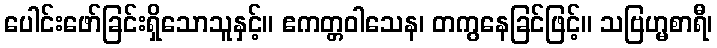
ပေါင်းဖော်ခြင်းရှိသောသူနှင့်။ ဧကတ္တဝါသေန၊ တကွနေခြင်ဖြင့်။ သဗြဟ္မစာရီ၊